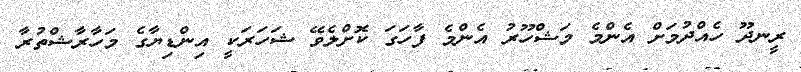
ރީނދޫ ހެއްދުމަށް އެންމެ މަޝްހޫރު އެންމެ ފާހަގަ ކޮށްލެވޭ ޝަހަރަކީ އިންޑިޔާގެ މަހާރާޝްތުރާ